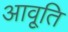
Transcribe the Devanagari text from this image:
आवृ्ति